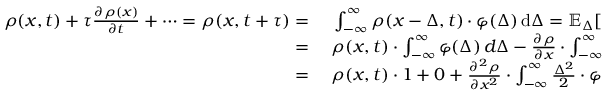
\begin{array} { r l } { \rho ( x , t ) + \tau { \frac { \partial \rho ( x ) } { \partial t } } + \cdots = \rho ( x , t + \tau ) = { } } & { { } \int _ { - \infty } ^ { \infty } \rho ( x - \Delta , t ) \cdot \varphi ( \Delta ) \, \mathrm { d } \Delta = \mathbb { E } _ { \Delta } [ \rho ( x - \Delta , t ) ] } \\ { = { } } & { { } \rho ( x , t ) \cdot \int _ { - \infty } ^ { \infty } \varphi ( \Delta ) \, d \Delta - { \frac { \partial \rho } { \partial x } } \cdot \int _ { - \infty } ^ { \infty } \Delta \cdot \varphi ( \Delta ) \, \mathrm { d } \Delta } \\ { = { } } & { { } \rho ( x , t ) \cdot 1 + 0 + { \frac { \partial ^ { 2 } \rho } { \partial x ^ { 2 } } } \cdot \int _ { - \infty } ^ { \infty } { \frac { \Delta ^ { 2 } } { 2 } } \cdot \varphi ( \Delta ) \, \mathrm { d } \Delta + \cdots } \end{array}